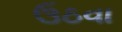
ઉઠવા